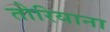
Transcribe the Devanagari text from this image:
तोरियाना